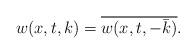
LaTeX: \begin{align*} w(x,t,k)=\overline{w(x,t,-\bar{k})}.\end{align*}